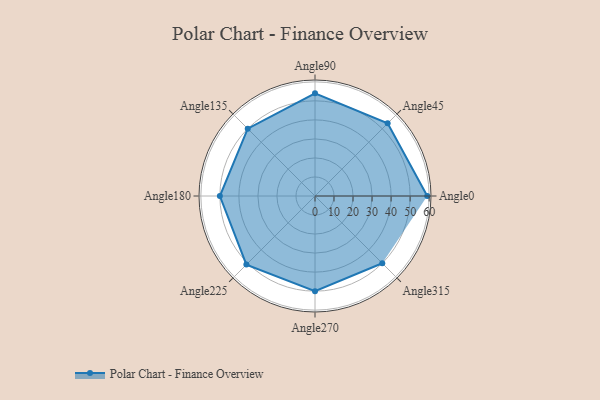
{"axis": {"x": "Angle", "y": "Radius"}, "legend": [""], "data": [{"x": "Angle0", "y": 59.0, "type": ""}, {"x": "Angle45", "y": 54.0, "type": ""}, {"x": "Angle90", "y": 54.0, "type": ""}, {"x": "Angle135", "y": 50.0, "type": ""}, {"x": "Angle180", "y": 50, "type": ""}, {"x": "Angle225", "y": 51.0, "type": ""}, {"x": "Angle270", "y": 50, "type": ""}, {"x": "Angle315", "y": 50, "type": ""}]}